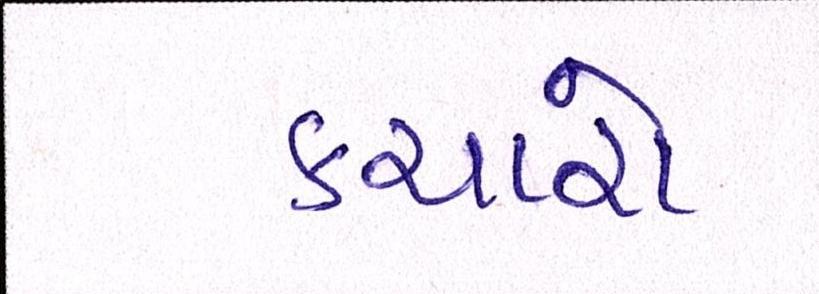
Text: કચારો